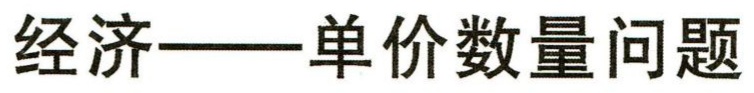
经济——单价数量问题